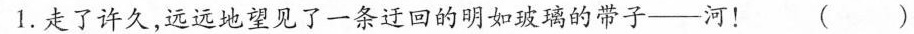
1.走了许久，远远地望见了一条迂回的明如玻璃的带子——河！ ( )